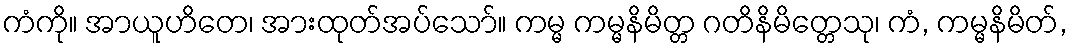
ကံကို။ အာယူဟိတေ၊ အားထုတ်အပ်သော်။ ကမ္မ ကမ္မနိမိတ္တ ဂတိနိမိတ္တေသု၊ ကံ, ကမ္မနိမိတ်,